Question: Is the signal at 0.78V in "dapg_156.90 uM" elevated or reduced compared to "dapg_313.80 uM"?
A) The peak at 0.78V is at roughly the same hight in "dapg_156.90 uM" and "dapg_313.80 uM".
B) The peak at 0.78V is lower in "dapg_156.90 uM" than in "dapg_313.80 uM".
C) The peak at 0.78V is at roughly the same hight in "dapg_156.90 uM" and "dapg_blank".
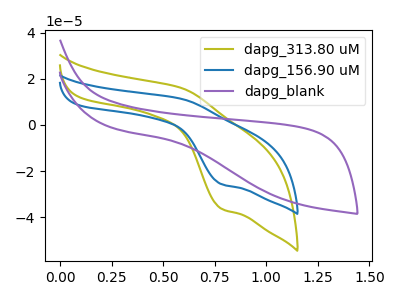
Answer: <think>The olive curve "dapg_313.80 uM" has an anodic peak at (0.60V, 16.10uA) and a cathodic peak at (0.80V, -36.30uA). The blue curve "dapg_156.90 uM" has an anodic peak at (0.60V, 11.40uA) and a cathodic peak at (0.80V, -25.65uA). The purple curve "dapg_blank" has no peaks.</think>
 <answer>B) The peak at 0.78V is lower in "dapg_156.90 uM" than in "dapg_313.80 uM".</answer>
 <eval>B</eval>